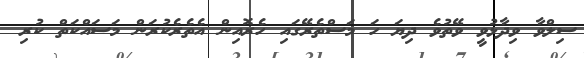
ސިލްވާ ވިދާޅުވީ ވޭތުވެ ދިޔަ ހަ މަސްތެރޭގައި ހެރޮއިން އެތެރެކުރަން މަސައްކަތް ކުރި